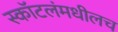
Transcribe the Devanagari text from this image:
स्कॉटलंमधीलच